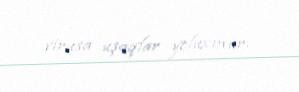
virusa uşaqlar yoluxmur.